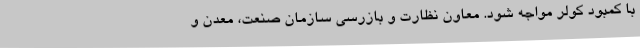
با کمبود کولر مواجه شود. معاون نظارت و بازرسی سازمان صنعت، معدن و